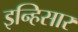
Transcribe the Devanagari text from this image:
इन्हिसार